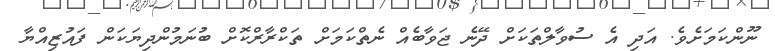
ނޫންކަމަށެވެ. އަދި އެ ސުވާލްތަކަށް ދޭނެ ޖަވާބެއް ނެތްކަމަށް ތަކްރާރްކޮށް ބުނަމުންދިޔަކަން ފައުޒިއްްޔާ